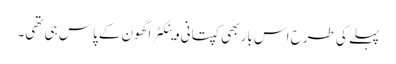
پہلے کی طرح اس بار بھی کپتانی وینکٹراگھون کے پاس ہی تھی۔